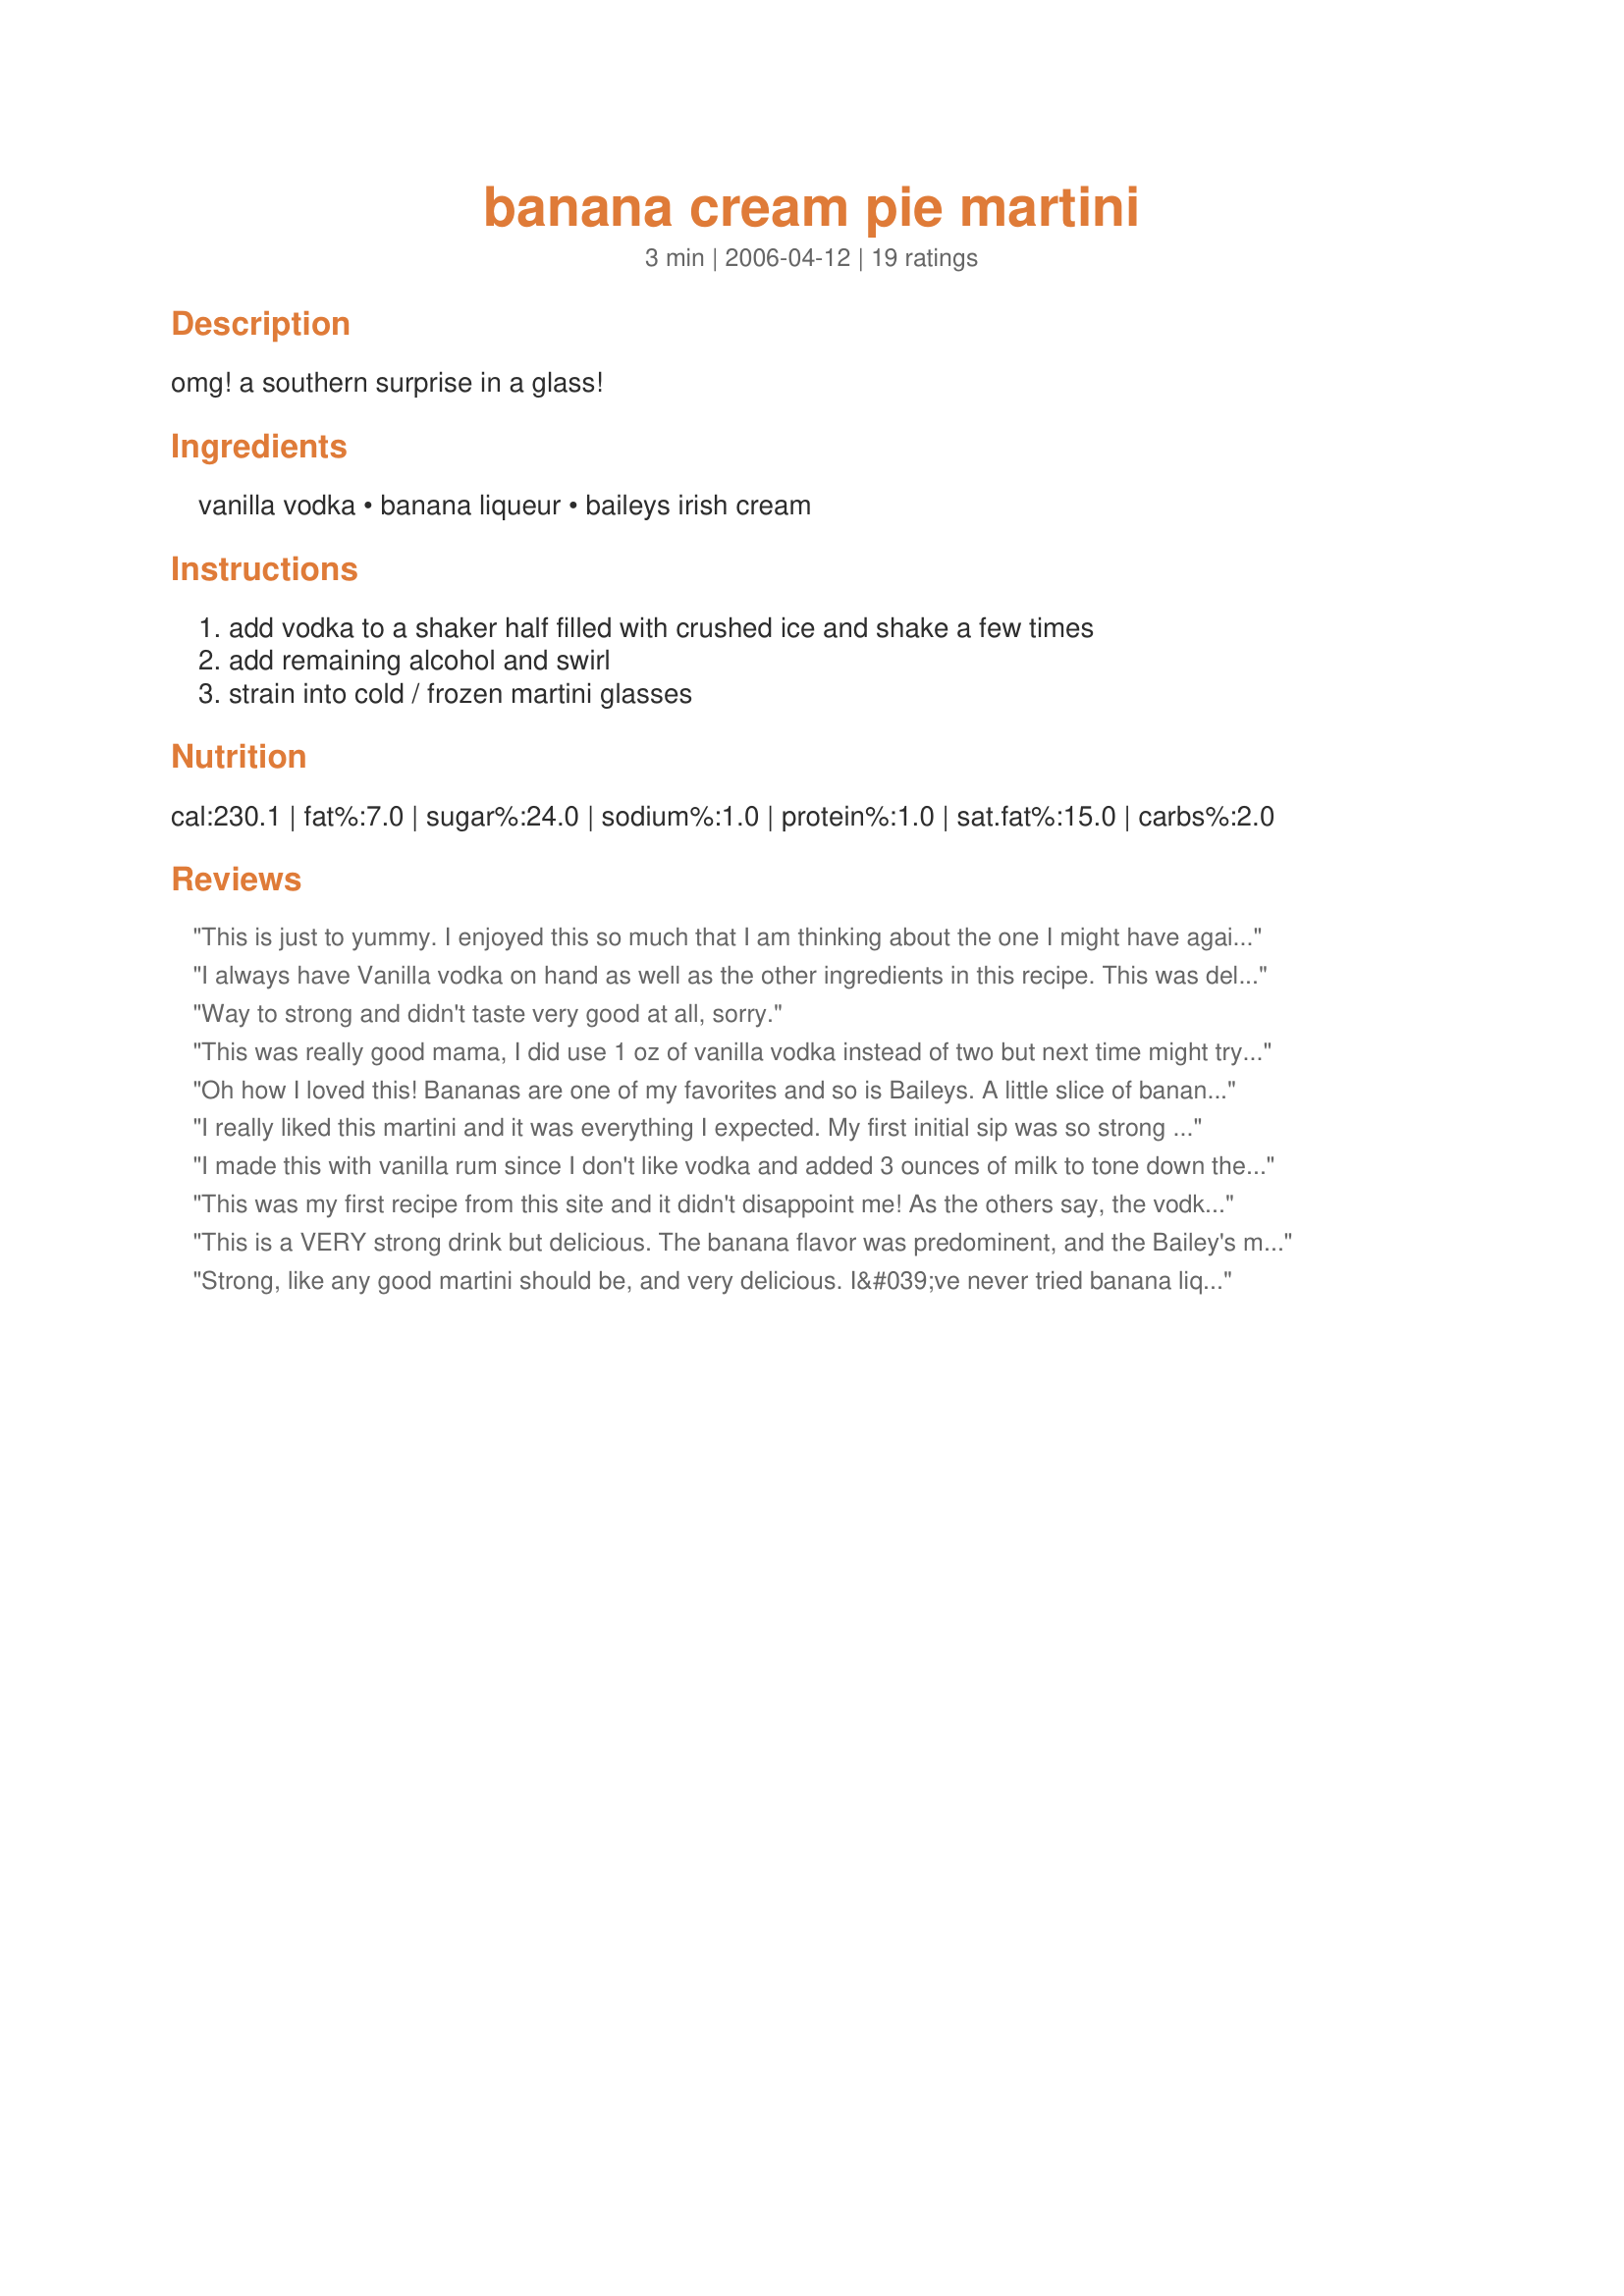
banana cream pie martini
Preparation time: 3 minutes

omg! a southern surprise in a glass!

Ingredients:
vanilla vodka, banana liqueur, baileys irish cream

Steps:
add vodka to a shaker half filled with crushed ice and shake a few times, add remaining alcohol and swirl, strain into cold / frozen martini glasses

Reviews:
This is just to yummy. I enjoyed this so much that I am thinking about the one I might have again tonight right now. Thanks for a super easy and yummy drink that I will have again and again.
I always have Vanilla vodka on hand as well as the other ingredients in this recipe. This was delightful. It was my dessert in a glass ;) A Definite Southern surprise. Thanks for sharing, glad I tagged it in Bevy tag. Cheers ~V
Way to strong and didn't taste very good at all, sorry.
This was really good mama, I did use 1 oz of vanilla vodka instead of two but next time might try it with 1 oz banana liqueur and the bailey's.. Either way this drink is awesome, thanks.. :)
Oh how I loved this! Bananas are one of my favorites and so is Baileys. A little slice of banana heaven!!
I really liked this martini and it was everything I expected. My first initial sip was so strong it knocked my socks off, but from the second sip onward it was pure banana cream heaven! I rimmed the martini glass with graham cracker crumbs for the pie effect. I wouldn't change a thing! Delicious!
I made this with vanilla rum since I don't like vodka and added 3 ounces of milk to tone down the alcohol. A little different than the original recipe but delish! THanks for the idea!
This was my first recipe from this site and it didn't disappoint me! As the others say, the vodka is rather strong - but hey....it's a martini...it's 'posed to be strong. I rimmed my glass with cinnamon sugar. Yum-o. What would be ultra-groovy would be to rim it with some crushed graham cracker crumbs, but alas...I'm fresh out.
This is a VERY strong drink but delicious. The banana flavor was predominent, and the Bailey's made it creamy. I'm not sure if the vanilla vodka was necessary. Next time I will try just the bailey's and banana. Either way, this is a winner!
Strong, like any good martini should be, and very delicious. I&#039;ve never tried banana liqueur before and was pleasantly surprised. Definitely recommend rimming the glass with cinnamon sugar.
Mmmmm!! Yummy! These flavors are an excellent combination! Thanks once again, Mama's Kitchen!
I used regular vodka. I can't find vanilla vodka in Montreal. I wanted to add a little bit of vanilla but I forgot. But it was delicious. Made for ZWT 3
We thought we'd died and gone to martini heaven! Absolutely the perfect blend to make this my new favorite.
Thanks so much for sharing!
Oh my.....are these ever good!!! Had some of the girls over for lunch and served these as our dessert. (They think I am wonderful, ha, ha, ha). What a treat! Thanks for ANOTHER great recipe, mama's kitchen.

Very tasty! Enjoyed how the banana flavor came through. Didnt seem too strong for a martini!
OMG this is yummy but very deadly. Only for those with a sweet tooth!
As mentioned by some others this is strong but the banana flavor does come thru beautifully and that makes it my kind of drink. TFS
Nice. This is a martini, folks. It's going to be strong. If you want a daquiri or a margarita, i.e. something watered down with ice, that's what you should be looking for. A martini contains no more than a splash of any non-alcoholic ingredient. Good recipe.
Sweet, potent, and delicious... what more could you ask for :)! I didn't have vanilla vodka so I used regular vodka and added a splash of vanilla (not sure it needed it though). Great recipe!
